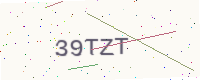
Text: 39TZT